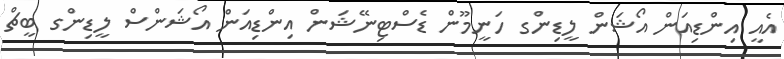
އެއީ އިންޑިއަން އޯޝަން ލީޑިންގ ހަނީމޫން ޑެސްޓިނޭޝަން އިންޑިއަން އޯޝަންސް ލީޑިންގ ބީޗް